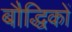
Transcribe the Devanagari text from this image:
बौद्धिकों